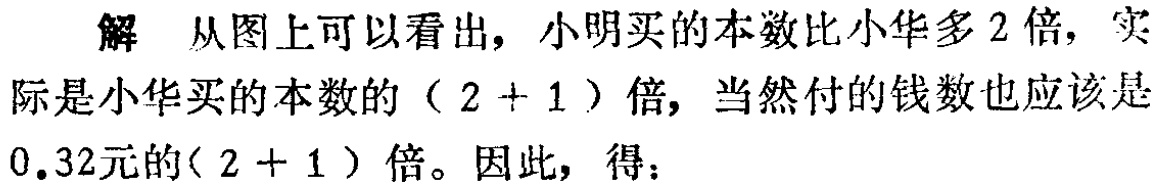
解 从图上可以看出，小明买的本数比小华多$2$倍，实际是小华买的本数的（$2 + 1$）倍，当然付的钱数也应该是$0.32$元的（$2 + 1$）倍。因此，得：